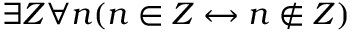
\exists Z \forall n ( n \in Z \leftrightarrow n \not \in Z )